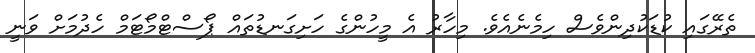
ތެރޭގައި ކުޑަކުދިންވެސް ހިމެނެއެވެ. މިހާރު އެ މީހުންގެ ހަށިގަނޑުތައް ޕޯސްޓްމޯޓަމް ހެދުމަށް ވަނީ